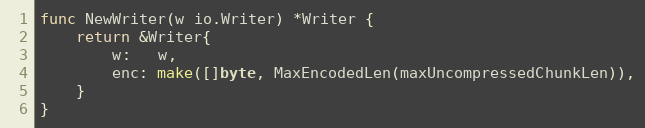
Language: Go
func NewWriter(w io.Writer) *Writer {
	return &Writer{
		w:   w,
		enc: make([]byte, MaxEncodedLen(maxUncompressedChunkLen)),
	}
}